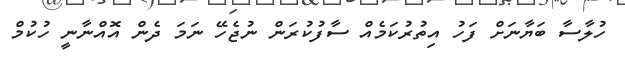
ހުލާސާ ބަޔާނަށް ފަހު އިތުރުކަމެއް ސާފުކުރަން ނުޖެހޭ ނަމަ ދެން އޮއްނާނީ ހުކުމް